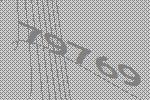
79769